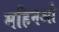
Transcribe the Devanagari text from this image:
महिनओ